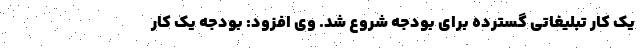
یک کار تبلیغاتی گسترده برای بودجه شروع شد. وی افزود: بودجه یک کار